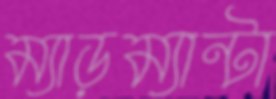
ম্যাড়ম্যান্টা